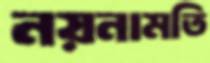
নয়নামতি